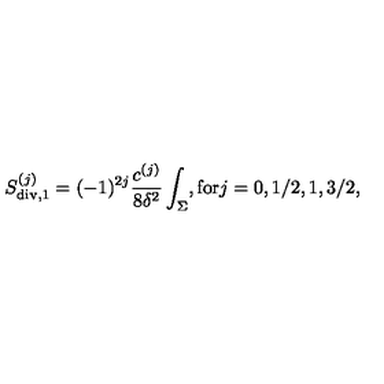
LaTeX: S _ { \mathrm { d i v } , 1 } ^ { ( j ) } = ( - 1 ) ^ { 2 j } { \frac { c ^ { ( j ) } } { 8 \delta ^ { 2 } } } \int _ { \Sigma } , \mathrm { f o r } j = 0 , 1 / 2 , 1 , 3 / 2 ,